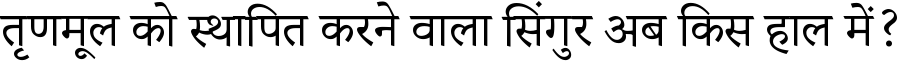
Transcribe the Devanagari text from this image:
तृणमूल को स्थापित करने वाला सिंगुर अब किस हाल में?